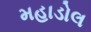
મહાડોલ